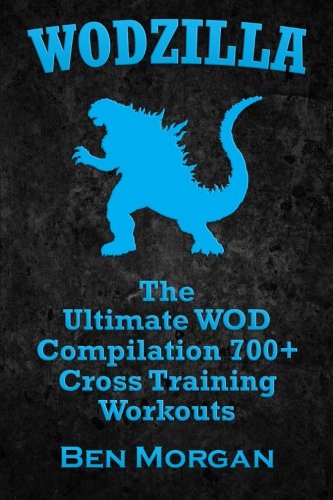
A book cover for WODZILLA: The Ultimate WOD Compilation 700+ Cross Training Workouts; Ben Morgan; Health, Fitness & Dieting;